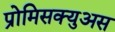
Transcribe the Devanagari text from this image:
प्रोमिसक्युअस